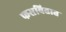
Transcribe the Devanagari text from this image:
फसवितात